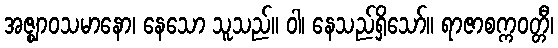
အဇ္ဈာဝသမာနော၊ နေသော သူသည်။ ဝါ၊ နေသည်ရှိသော်။ ရာဇာစက္ကဝတ္တီ၊